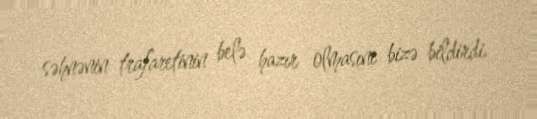
səhnənin trafaretinin belə hazır olmasını bizə bildirdi.